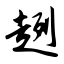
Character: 趔